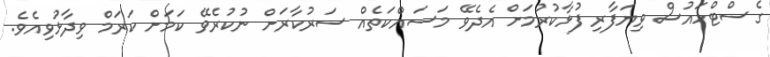
ގެސްޓްހައުސް ވިޔަފާރި ފުޅާކުރުމަށް އެދެވޭ މަސައްކަތެއް ސަރުކާރަށް ނުކުރެވޭ ކަމަށް ކަރަމް ވިދާޅުވިއެވެ.